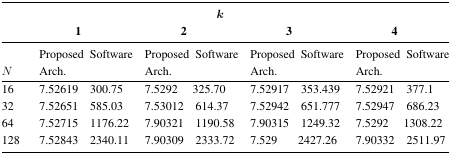
|  | <COLSPAN=8> k |
 |  | <COLSPAN=2> 1 | <COLSPAN=2> 2 | <COLSPAN=2> 3 | <COLSPAN=2> 4 |
 | N | Proposed Arch. | Software | Proposed Arch. | Software | Proposed Arch. | Software | Proposed Arch. | Software |
 | --- | --- | --- | --- | --- | --- | --- | --- | --- |
 | 16 | 7.52619 | 300.75 | 7.5292 | 325.70 | 7.52917 | 353.439 | 7.52921 | 377.1 |
 | 32 | 7.52651 | 585.03 | 7.53012 | 614.37 | 7.52942 | 651.777 | 7.52947 | 686.23 |
 | 64 | 7.52715 | 1176.22 | 7.90321 | 1190.58 | 7.90315 | 1249.32 | 7.5292 | 1308.22 |
 | 128 | 7.52843 | 2340.11 | 7.90309 | 2333.72 | 7.529 | 2427.26 | 7.90332 | 2511.97 |